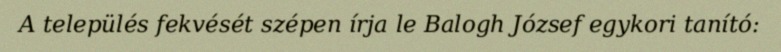
A település fekvését szépen írja le Balogh József egykori tanító: